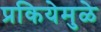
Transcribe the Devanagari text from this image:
प्रकियेमुळे